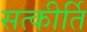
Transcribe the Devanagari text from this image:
सत्कीर्ति